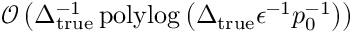
\mathcal { O } \left( \Delta _ { \mathrm { t r u e } } ^ { - 1 } \operatorname { p o l y l o g } \left( \Delta _ { \mathrm { t r u e } } \epsilon ^ { - 1 } p _ { 0 } ^ { - 1 } \right) \right)